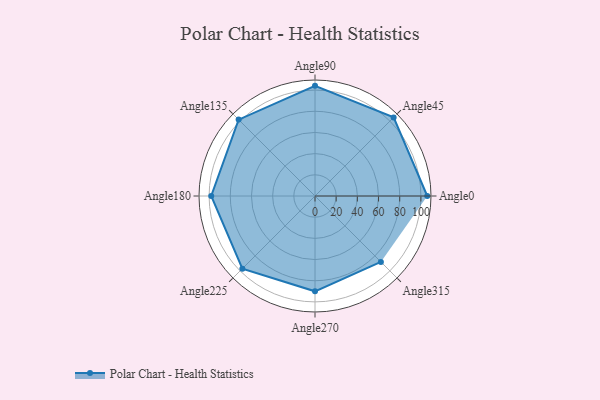
{"axis": {"x": "Angle", "y": "Radius"}, "legend": [""], "data": [{"x": "Angle0", "y": 106.0, "type": ""}, {"x": "Angle45", "y": 105.0, "type": ""}, {"x": "Angle90", "y": 104.0, "type": ""}, {"x": "Angle135", "y": 102.0, "type": ""}, {"x": "Angle180", "y": 98.0, "type": ""}, {"x": "Angle225", "y": 97.0, "type": ""}, {"x": "Angle270", "y": 90.0, "type": ""}, {"x": "Angle315", "y": 88.0, "type": ""}]}